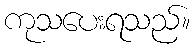
ကုသပေးရသည်။